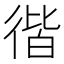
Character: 𢔡